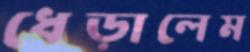
ধেড়ালেম